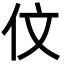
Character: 伩